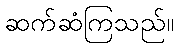
ဆက်ဆံကြသည်။